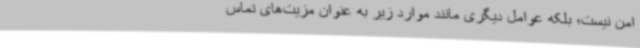
امن نیست؛ بلکه عوامل دیگری مانند موارد زیر به عنوان مزیت‌های تماس